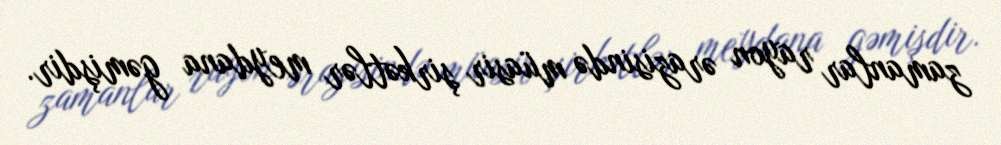
zamanlar rayon ərazisində müasir şirkətlər meydana gəmişdir.